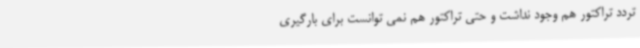
تردد تراکتور هم وجود نداشت و حتی تراکتور هم نمی توانست برای بارگیری